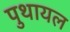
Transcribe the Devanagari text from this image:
पुथायल